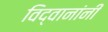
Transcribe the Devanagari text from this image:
विद्वानांनीं